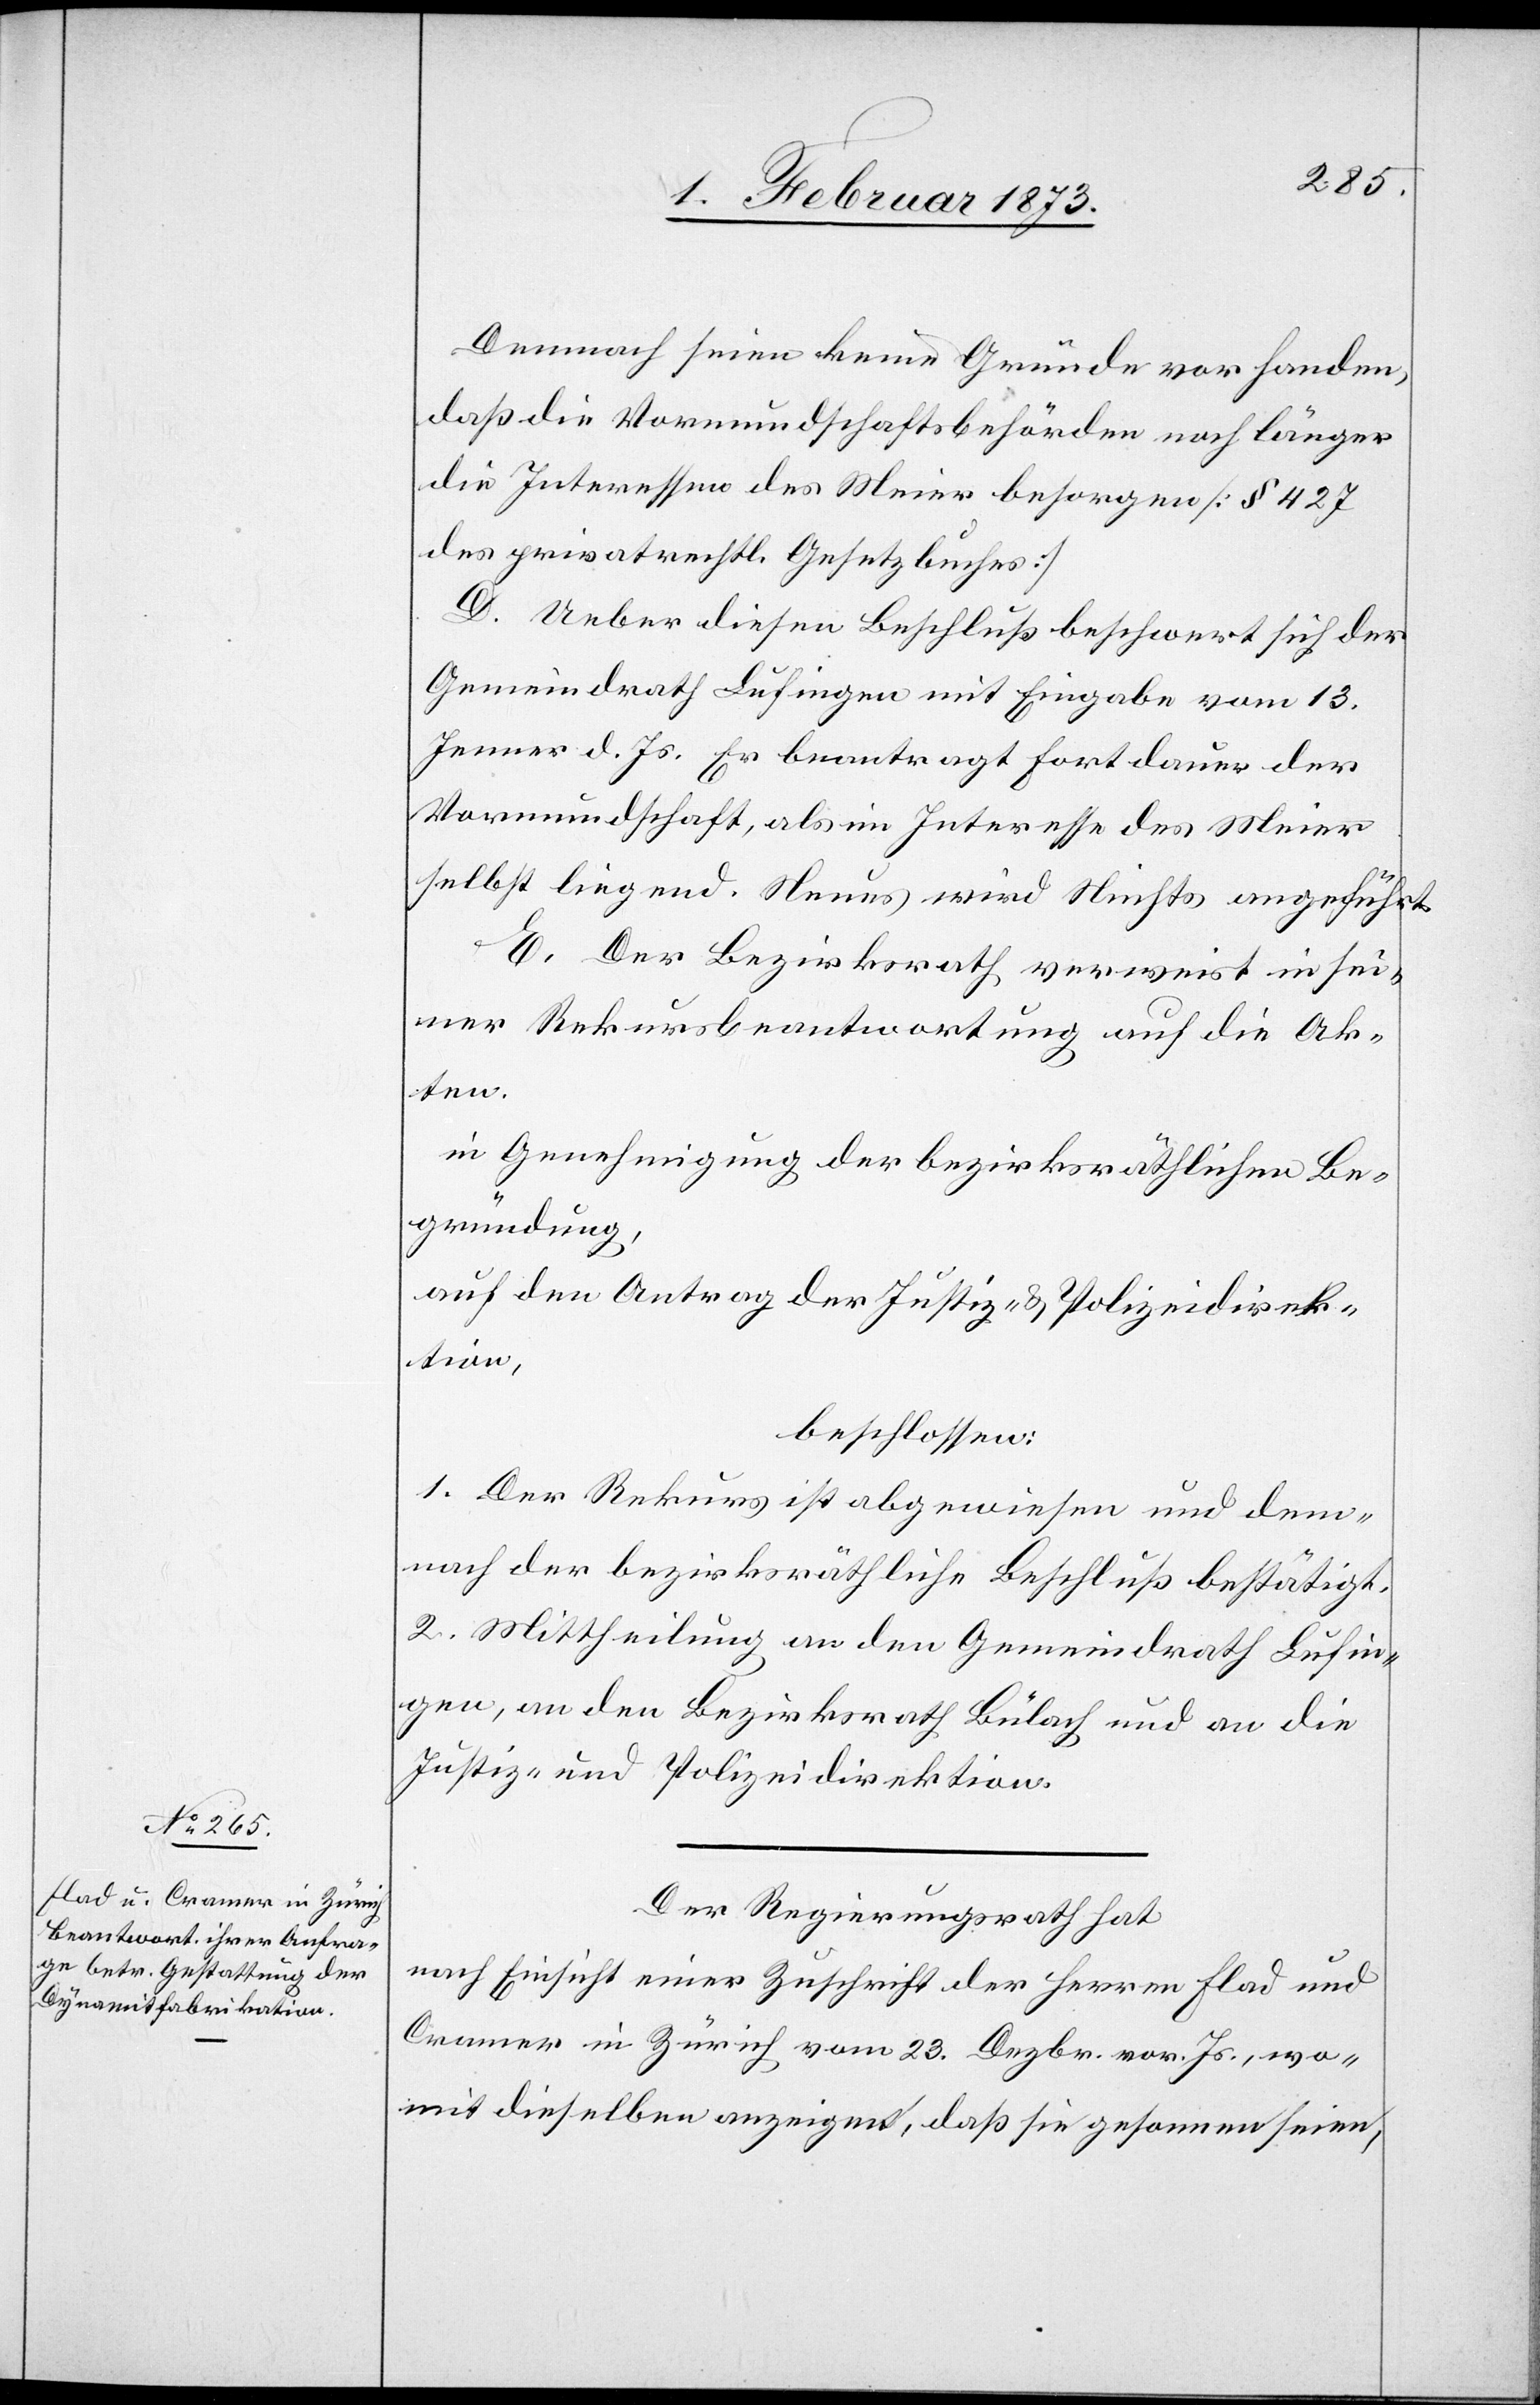
Demnach seien keine Gründe vorhanden,
daß die Vormundschaftsbehörden noch länger
die Interessen des Meier besorgen [§ 427
des privatrechtl. Gesetzbuches]
D. Ueber diesen Beschluß beschwert sich der
Gemeindrath Lufingen mit Eingabe vom 13.
Jenner d. Js. Er beantragt Fortdauer der
Vormundschaft, als im Interesse des Meier
selbst liegend. Neues wird Nichts angeführt.
E. Der Bezirksrath verweist in sei¬
ner Rekursbeantwortung auf die Ak¬
ten.
in Genehmigung der bezirksräthlichen Be¬
gründung,
auf den Antrag der Justiz- u. Polizeidirek¬
tion,
beschlossen:
1. Der Rekurs ist abgewiesen und dem¬
nach der bezirksräthliche Beschluß bestätigt.
2. Mittheilung an den Gemeindrath Lufin¬
gen, an den Bezirksrath Bülach und an die
Justiz- und Polizeidirektion.
Der Regierungsrath hat
nach Einsicht einer Zuschrift der Herren Flad und
Cramer in Zürich vom 28. Dezbr. vor. Js., wo¬
mit dieselben anzeigen, daß sie gesonnen seien,